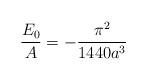
LaTeX: \begin{align*}\frac{E_0}{A} = -\frac{\pi^2}{1440 a^3} \end{align*}